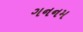
ગનનમ